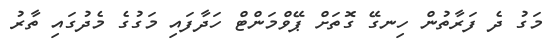
މަގު ދެ ފަރާތުން ހިނގޭ ގޮތަށް ޕޭވްމަންޓް ހަދާފައި މަގުގެ މެދުގައި ތާރު